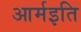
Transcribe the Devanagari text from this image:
आर्मइति